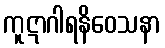
ကူဋာဂါရနိဝေသနာ